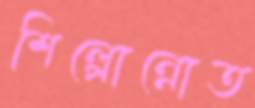
শিল্পোন্নোত